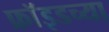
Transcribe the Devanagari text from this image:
फ्राॅइडच्या